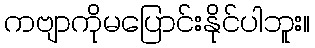
ကဗျာကိုမပြောင်းနိုင်ပါဘူး။